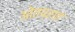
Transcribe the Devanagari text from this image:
ओतप्रात